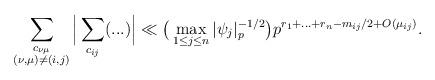
LaTeX: \begin{align*}\sum_{\substack{c_{\nu\mu}\\ (\nu, \mu) \not= (i, j)}} \Big| \sum_{c_{ij}} (...) \Big| \ll\big(\max_{1 \leq j \leq n} |\psi_j|^{-1/2}_p \big) p^{r_1 + \ldots + r_n -m_{ij}/2 + O(\mu_{ij})}.\end{align*}